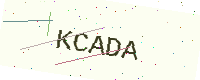
Text: KCADA